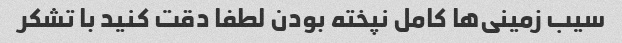
سیب زمینی‌ها کامل نپخته بودن لطفا دقت کنید با تشکر